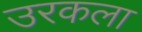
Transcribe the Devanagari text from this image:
उरकला